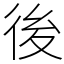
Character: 後